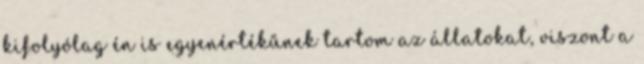
kifolyólag én is egyenértékűnek tartom az állatokat, viszont a